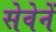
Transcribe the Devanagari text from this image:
सेवेनें